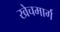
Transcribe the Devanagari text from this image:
खेचमार्ग